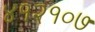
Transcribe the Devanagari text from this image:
४१२१०७